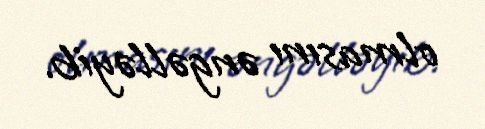
olmasını əngəlləyib.